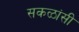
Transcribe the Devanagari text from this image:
सकळांसी